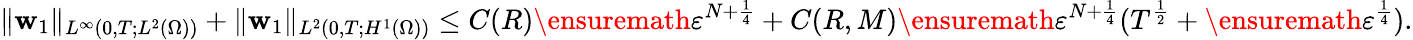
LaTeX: \| \mathbf{w}_{1}\| _{L^{\infty}(0,T;L^{2}(\Omega))}+\| \mathbf{w}_{1}\| _{L^{2}(0,T;H^{1}(\Omega))}\leq C(R)\ensuremath{\varepsilon}^{N+\frac{1}{4}}+C(R,M)\ensuremath{\varepsilon}^{N+\frac{1}{4}}(T^{\frac 12}+\ensuremath{\varepsilon}^{\frac 14}).